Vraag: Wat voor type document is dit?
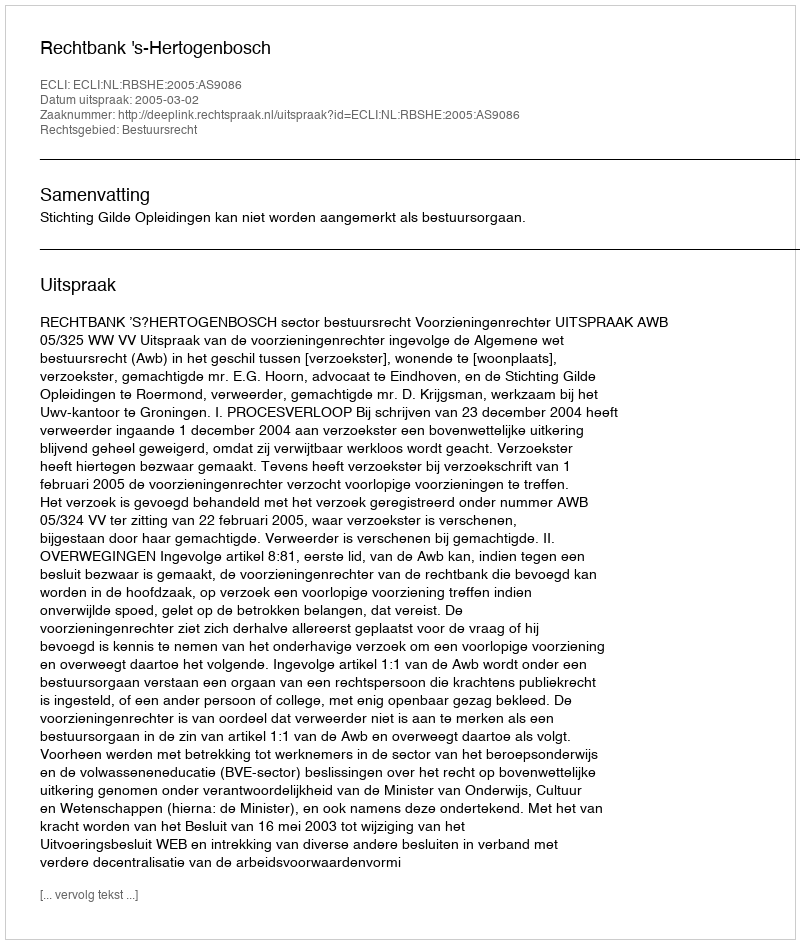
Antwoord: Uitspraak